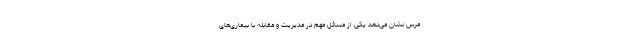
مرس نشان می‌دهد یکی از مسائل مهم در مدیریت و مقابله با بیماری‌های